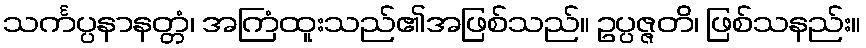
သင်္ကပ္ပနာနတ္တံ၊ အကြံထူးသည်၏အဖြစ်သည်။ ဥပ္ပဇ္ဇတိ၊ ဖြစ်သနည်း။